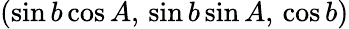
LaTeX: (\sin b\cos A,\, \sin b\sin A,\, \cos b)